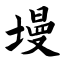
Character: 墁